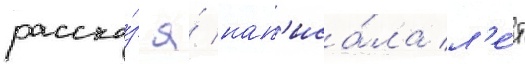
расска́з я́ нап'иса́ла л'е́т